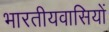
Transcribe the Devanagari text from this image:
भारतीयवासियों